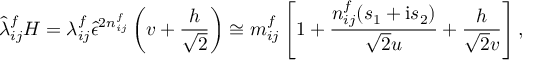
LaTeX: \hat { \lambda } _ { i j } ^ { f } H = \lambda _ { i j } ^ { f } \hat { \epsilon } ^ { 2 n _ { i j } ^ { f } } \left( v + \frac { h } { \sqrt { 2 } } \right) \cong m _ { i j } ^ { f } \left[ 1 + \frac { n _ { i j } ^ { f } ( s _ { 1 } + \mathrm { i } s _ { 2 } ) } { \sqrt { 2 } u } + \frac { h } { \sqrt { 2 } v } \right] ,